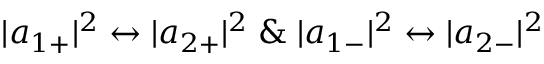
| a _ { 1 + } | ^ { 2 } \leftrightarrow | a _ { 2 + } | ^ { 2 } \; \& \; | a _ { 1 - } | ^ { 2 } \leftrightarrow | a _ { 2 - } | ^ { 2 }